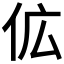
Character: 𬽷